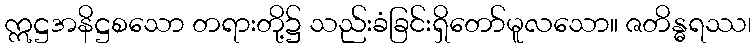
ဣဋ္ဌအနိဋ္ဌစသော တရားတို့၌ သည်းခံခြင်းရှိတော်မူလသော။ ဇတိန္ဓရဿ၊